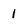
Character: 1